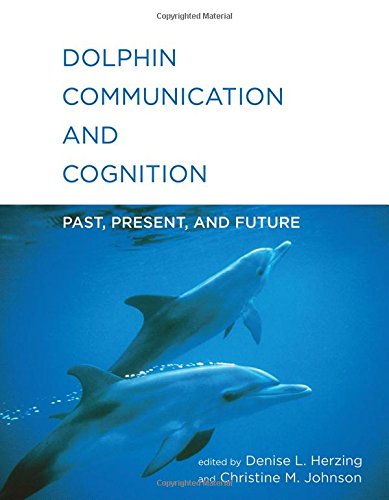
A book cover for Dolphin Communication and Cognition: Past, Present, and Future; Science & Math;